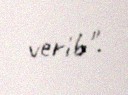
verib".